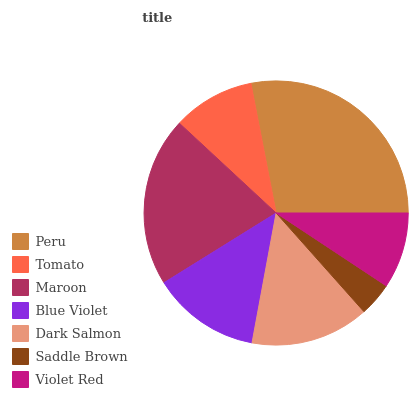
| Peru | Tomato | Maroon | Blue Violet | Dark Salmon | Saddle Brown | Violet Red |
 | --- | --- | --- | --- | --- | --- | --- |
 | 28% | 10.1% | 20.7% | 13.2% | 14.5% | 4.13% | 9.31% |